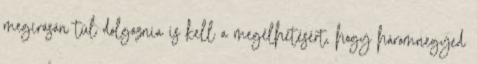
megírásán túl dolgoznia is kell a megélhetésért, hogy háromnegyed